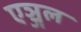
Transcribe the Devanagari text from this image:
एञ्जल